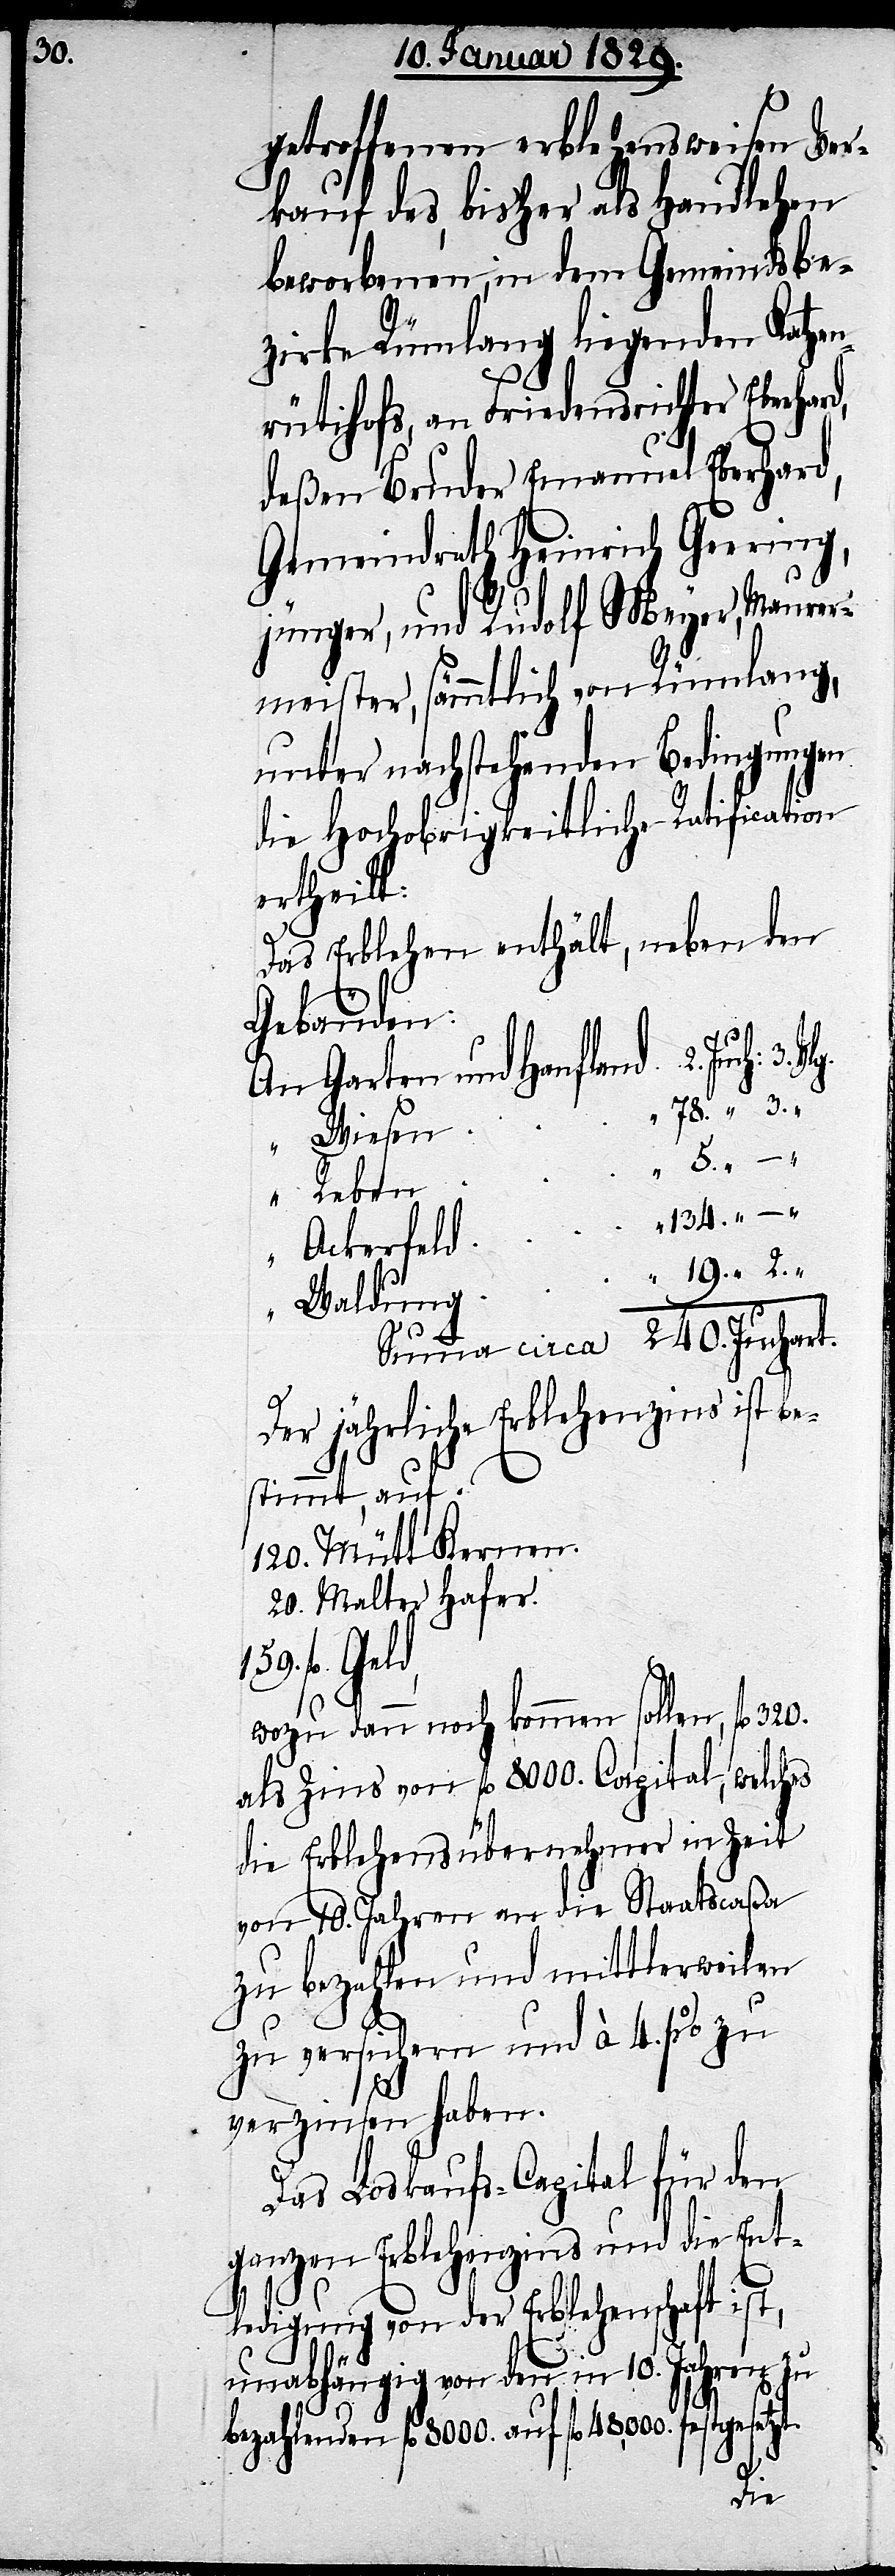
3.

getroffenen erblehensweisen Ver¬
kauf des, bisher als Handlehen
beworbenen, in dem Gemeindsbe¬
zirke Rümlang liegenden Katze¬
nrütihofs, an Friedensrichter Eberhar¬
deßen Bruder Emanuel Eberhard,
Gemeindrath Heinrich Geering,
jünger, und Rudolf Meyer, Maurer¬
meister, sämmtlich von Rümlang,
unter nachstehenden Bedingungen
die Hochobrigkeitliche Ratification
ertheilt:
Das Erblehen enthält, neben den
Gebäuden:
An Garten und Hanfland . . 2. Juch:
78. “ 3. “
“ Wiesen .
. . .
“ Reben
“134. “ – “
“ Ackerfeld
“ 91. “ 2. “
Waldung .
Summa circa 240. Juchart.
Der jährliche Erblehenzins ist be¬
stimmt, auf:
120. Mütt Kernen.
20. Malter Hafer.
159. fl.
wozu dann noch kommen sollen, fl. 320.
als Zins von fl. 8000. Capital, welches
die Erblehensübernehmer in Zeit
von 10. Jahren an die Staatscaßa
zu bezahlen und mittlerweilen
zu versichern und à 4. % zu
verzinsen haben.
Das Loskaufs-Capital für den
ganzen Erblehnzins und die Ent¬
ledigung von der Erblehenschaft ist,
unabhängig von den in 10. Jahren zu
bezahlenden fl. 8000. auf fl. 48,000. festge¬
tzt.